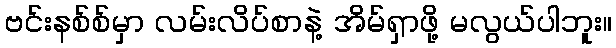
ဗင်းနစ်စ်မှာ လမ်းလိပ်စာနဲ့ အိမ်ရှာဖို့ မလွယ်ပါဘူး။